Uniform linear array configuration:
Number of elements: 4
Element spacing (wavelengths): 1
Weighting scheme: blackman
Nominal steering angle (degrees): -30
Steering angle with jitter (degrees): -31.829
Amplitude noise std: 0.05
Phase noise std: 0.05

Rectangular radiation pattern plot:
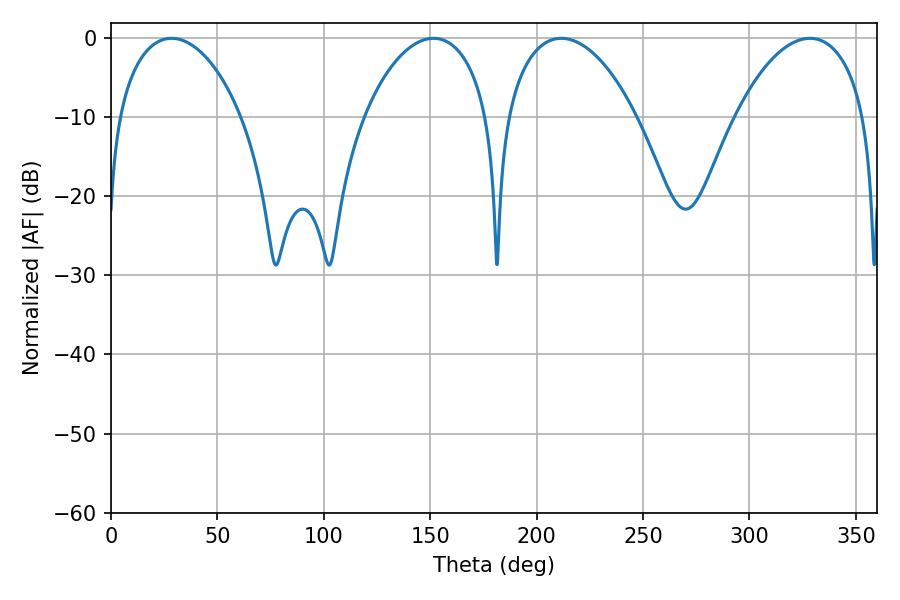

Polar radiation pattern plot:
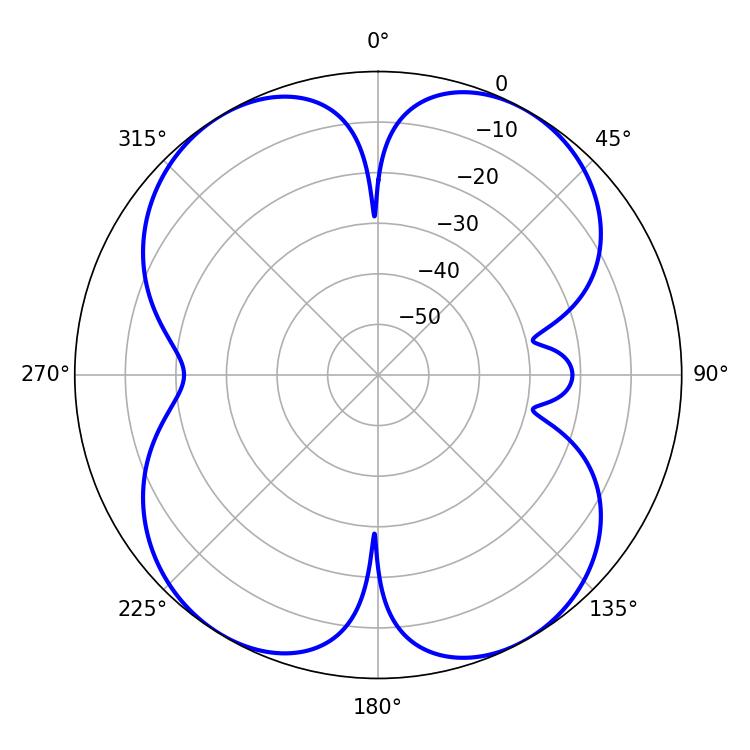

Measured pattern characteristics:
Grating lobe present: TRUE
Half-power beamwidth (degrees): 33.3
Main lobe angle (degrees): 28.44